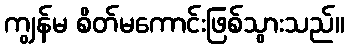
ကျွန်မ စိတ်မကောင်းဖြစ်သွားသည်။